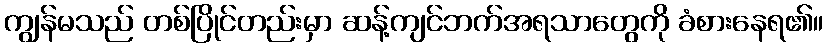
ကျွန်မသည် တစ်ပြိုင်တည်းမှာ ဆန့်ကျင်ဘက်အရသာတွေကို ခံစားနေရ၏။